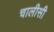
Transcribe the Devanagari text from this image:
चालीसी